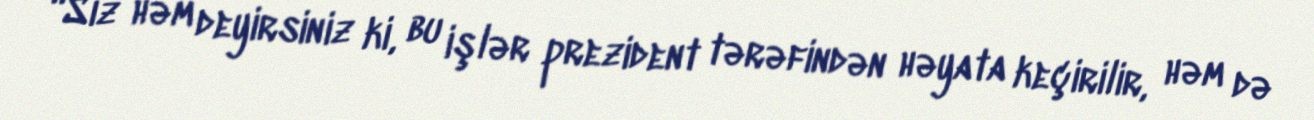
“Siz həm deyirsiniz ki, bu işlər prezident tərəfindən həyata keçirilir, həm də